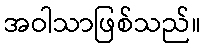
အဝါသာဖြစ်သည်။